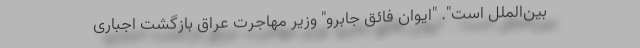
بین‌الملل است". "ایوان فائق جابرو" وزیر مهاجرت عراق بازگشت اجباری